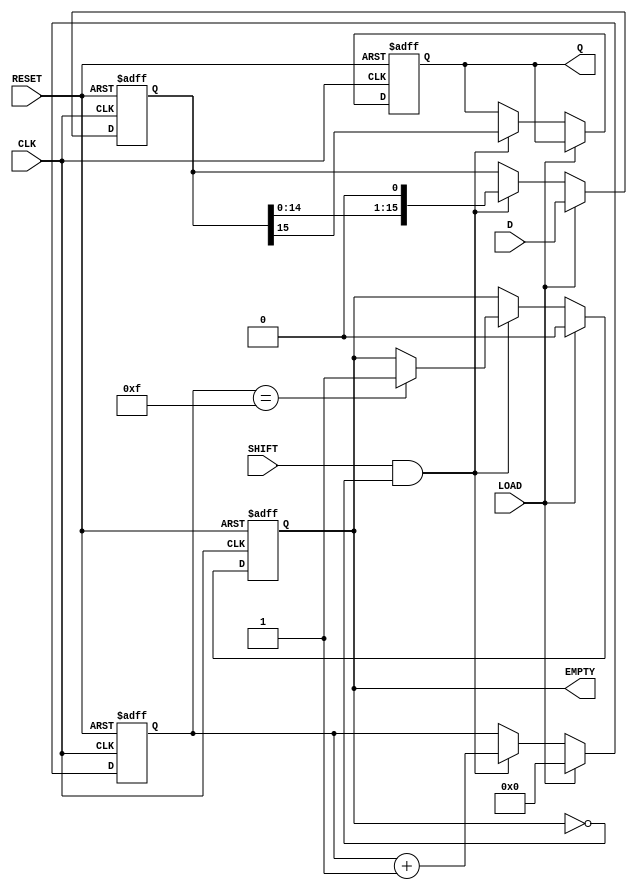
module PISO_Register (
    input wire [15:0] D,      // 16-bit input data bus
    input wire LOAD,          // Load control signal
    input wire SHIFT,         // Shift control signal
    input wire CLK,           // Clock signal
    input wire RESET,         // Asynchronous reset signal
    output reg Q,             // Serial output
    output reg EMPTY          // Empty flag
);

    // Internal storage for the PISO register
    reg [15:0] register;
    reg [4:0] shift_count; // To track the number of bits shifted out

    // Asynchronous reset
    always @(posedge CLK or posedge RESET) begin
        if (RESET) begin
            register <= 16'b0;  // Clear the register
            Q <= 1'b0;          // Clear serial output
            EMPTY <= 1'b1;      // Set empty flag
            shift_count <= 5'b0; // Reset shift count
        end
        else begin
            if (LOAD) begin
                register <= D;   // Load data into the register
                EMPTY <= 1'b0;   // Register is now full
                shift_count <= 5'b0; // Reset shift count on load
            end
            else if (SHIFT && !EMPTY) begin
                // Shift operation
                Q <= register[15]; // Shift out the MSB
                register <= {register[14:0], 1'b0}; // Shift left
                shift_count <= shift_count + 1; // Increment shift count

                // Update EMPTY flag
                if (shift_count == 15) begin
                    EMPTY <= 1'b1; // Set empty if all bits have been shifted out
                end
            end
        end
    end

endmodule